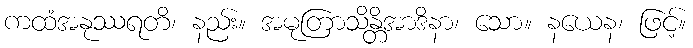
ကထံအနုဿရတိ၊ နည်း။ အမုတြာသိန္တိအာဒိနာ၊ သော။ နယေန၊ ဖြင့်။